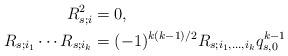
LaTeX: \begin{align*}R_{s;i}^2&=0,\\R_{s;i_1}\cdots R_{s;i_k}&=(-1)^{k(k-1)/2}R_{s;i_1,\dots,i_k}q_{s,0}^{k-1}\end{align*}